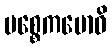
ပစ္စေကဗောဓိ